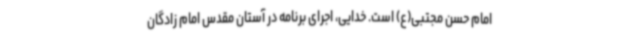
امام حسن مجتبی(ع) است. خدایی، اجرای برنامه در آستان مقدس امام زادگان